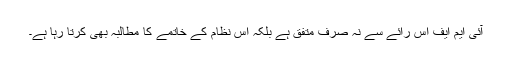
آئی ایم ایف اس رائے سے نہ صرف متفق ہے بلکہ اس نظام کے خاتمے کا مطالبہ بھی کرتا رہا ہے۔